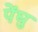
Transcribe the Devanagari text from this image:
पेंघु